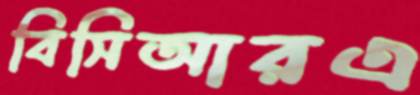
বিসিআরএ